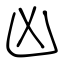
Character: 凶